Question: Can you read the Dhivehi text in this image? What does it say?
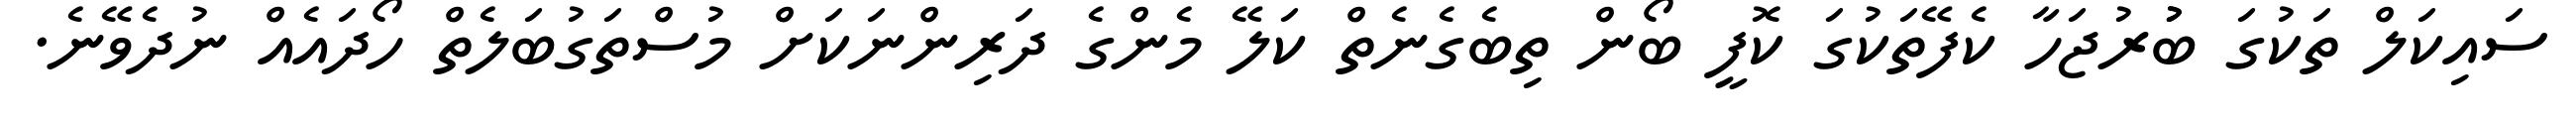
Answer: ސައިކަލް ތަކުގަ ބުުރުޖަހާ ކެފޭތަކުގަ ކޮފީ ބޯން ތިބެގެނެތް ކަލޭ މެންގެ ދަރިންނަކަށް މުސްތަގުބަލެތް ހޯދައެއް ނުދެވޭނެ.